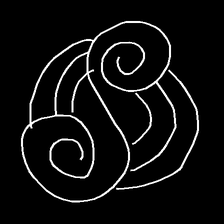
Glyph: wind-underfoot